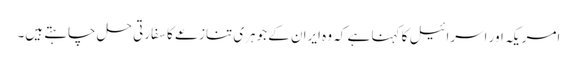
امریکہ اور اسرائیل کا کہنا ہے کہ وہ ایران کے جوہری تنازعے کا سفارتی حل چاہتے ہیں۔